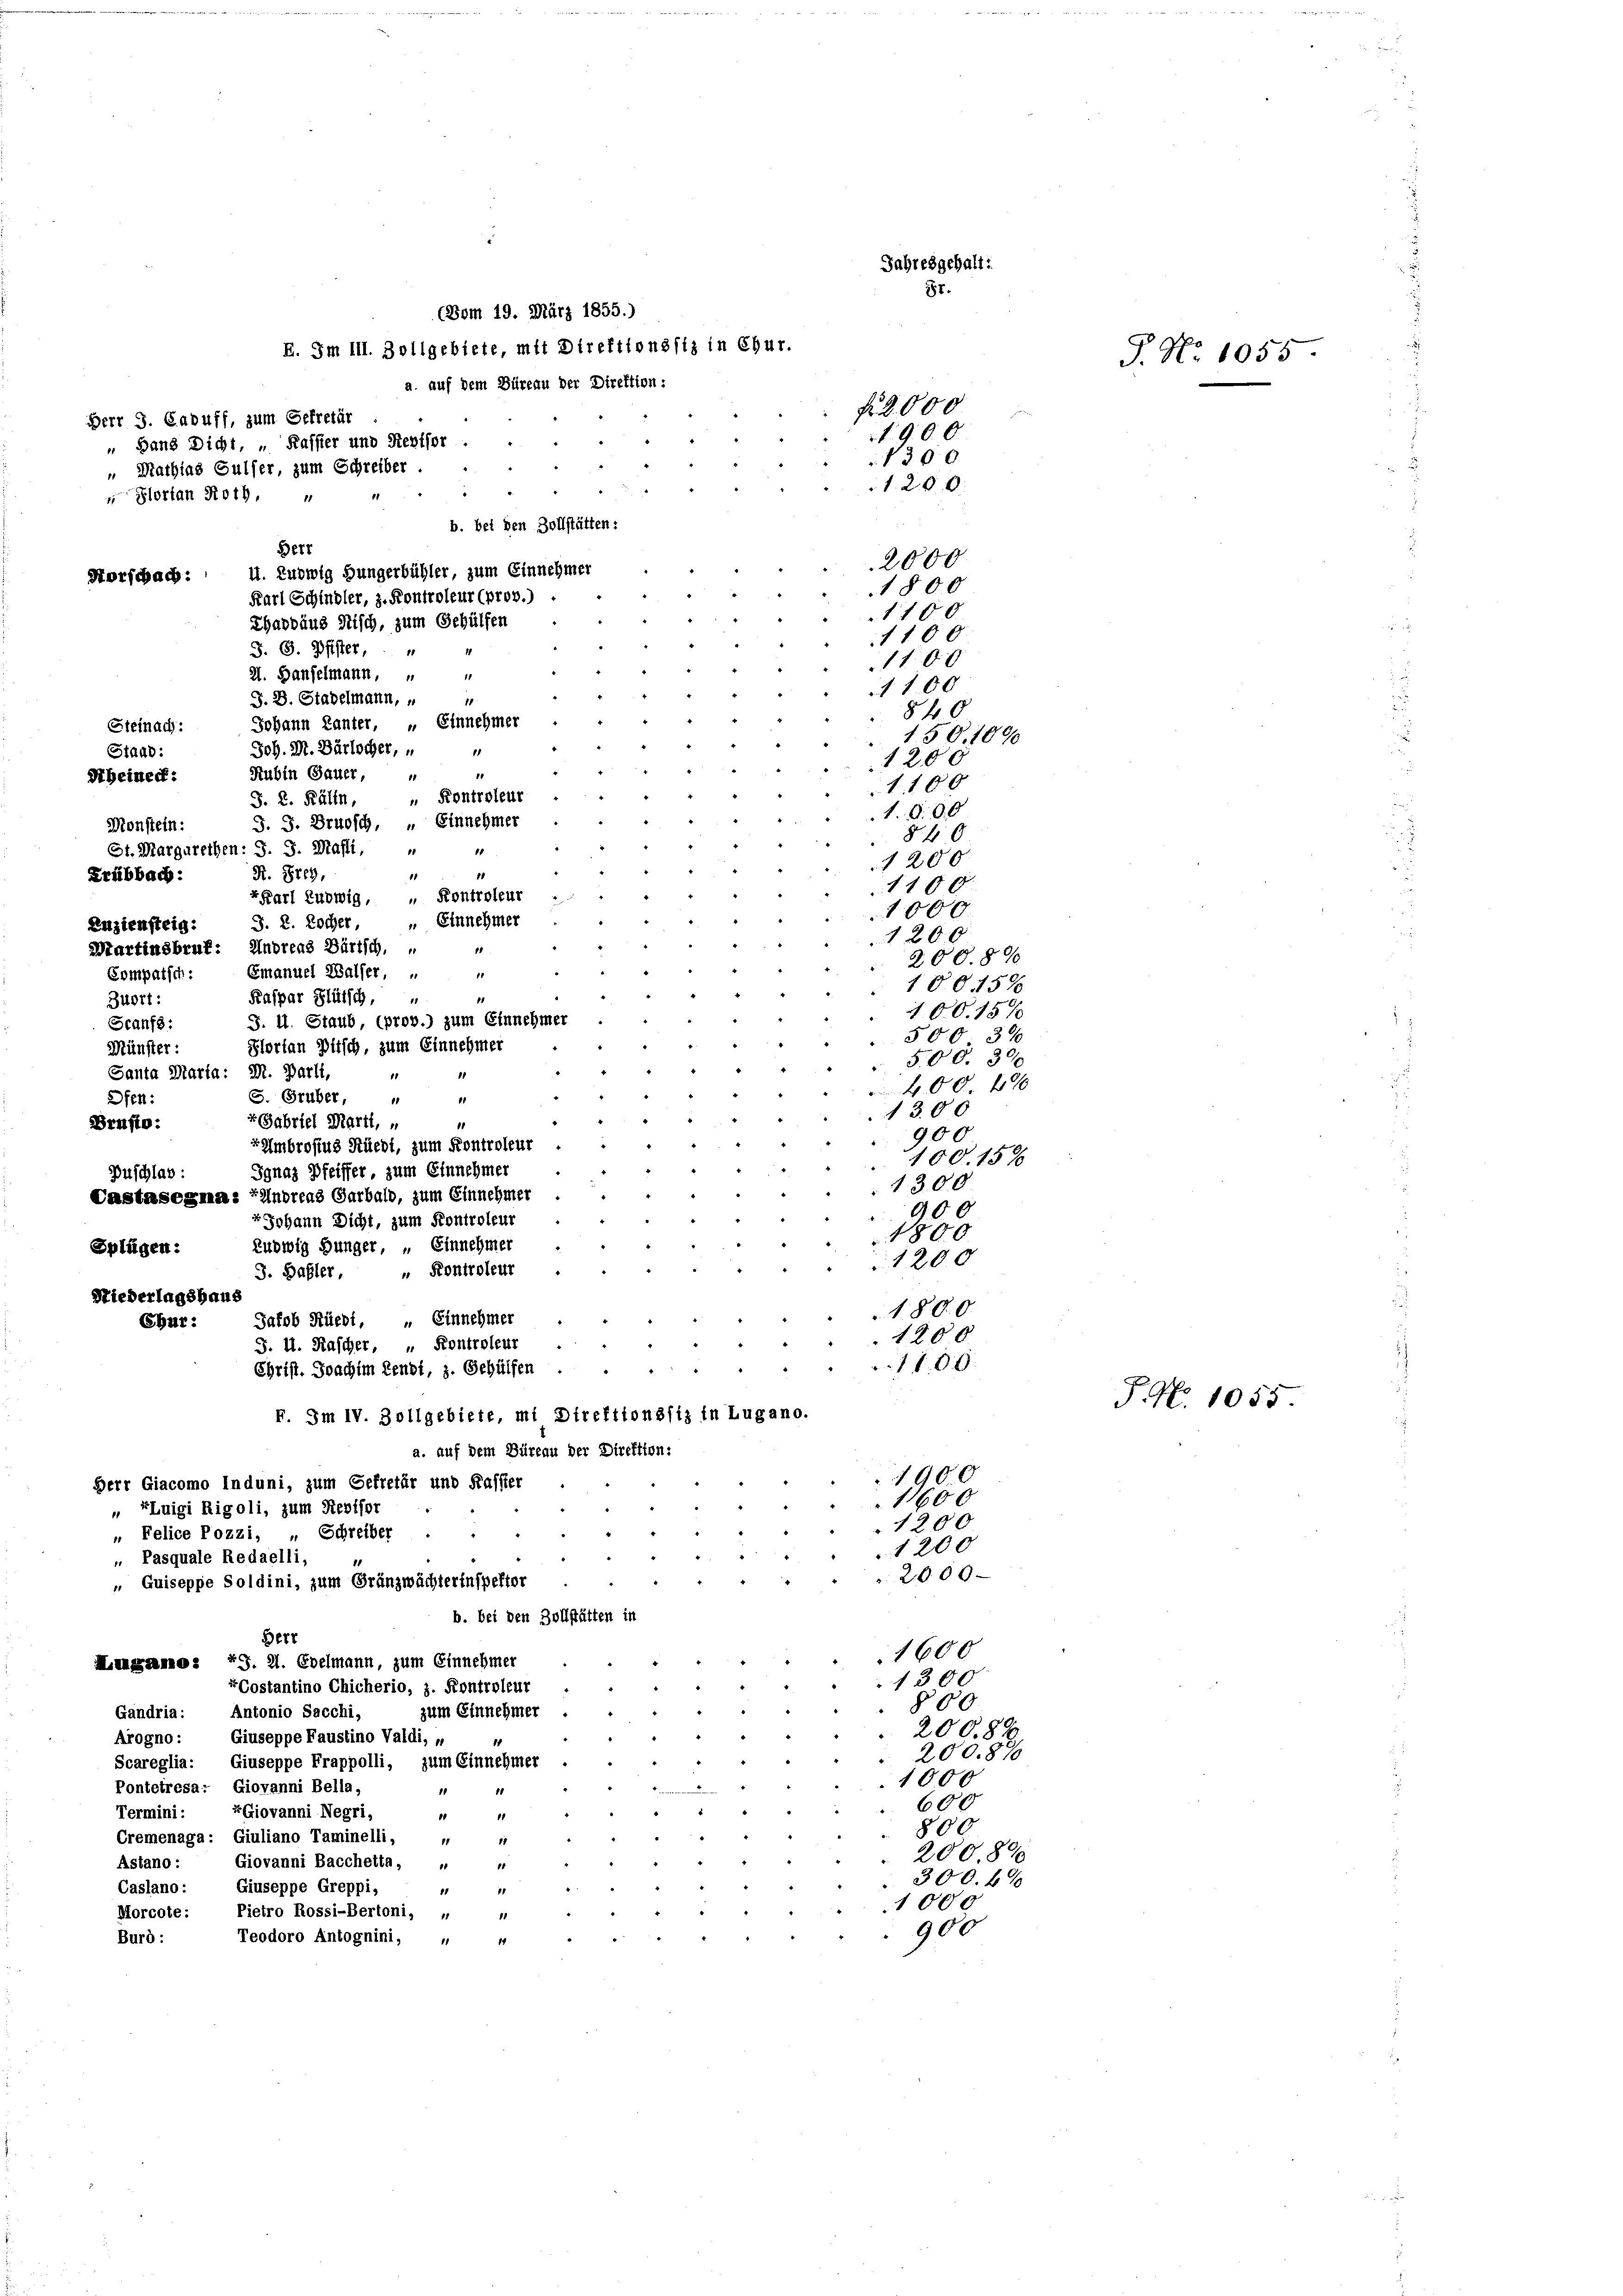
S. G. Pfister,
21. Hanselmann,
1
J. D. Stadelmann,
18
Johann Kanter, " Einnehmer
Steinach:
Joh. M. Bärlocher,
Staud:
1
1200
Rubin Gauer,
1
1100
 Kontroleur
J. 2. Källn,
1. d. 30
J. J. Brudsch, „ Einnehmer
Monstein:
840
St. Margarethen: J. J. Mafli,
1
1200
1
R. Prey,
.
1100
KKarl Ludwig, " Kontroleur
1000.
" Einnehmer
J. 2. Locher,
1200
Martinsbruk: Andreas Bürtsch.
11
200.890
Emanuel Walser,
1
Compatsch:
10015%
Kaspar Blütsch,
Buort:
10015%
J. II. Staub, (prov.) zum Einnehmer
Scanfs:
500 37
Hlorten Pitsch, zum Einnehmer
Münster:
500. 300
Santa Marta: M. Parli,
1
400 f
S. Gruber,
Ofen:
.
1300
+ Gabriel Marti, „
Brusto:
900
rAmbrosius Rüedi, zum Kontroleur
100. 158
Jgnaz Pfeiffer, zum Einnehmer
Buschlag:
1300
Castasegma: "Undreas Garbald, zum Einnehmer
900
Johann Dicht, zum Kontroleur
1800
zuowig Hunger, „ Einnehmer
Splügen:
1200
" Kontroleur
J. Basler,
Niederlagshaus
180.0
Jakob Rüedi, „ Einnehmer
Ebur:
1200
J. H. Rascher, " Kontroleur
1100.
Christ. Joachim Sendt, z. Gehülfen
F. Im IV. Zollgebiete, mi Direktionssiz in Lugano.
a. auf dem Büreau der Direktion:
1900
Herr Giacomo Induni, zum Gefretär und Kassier
11600
„ Luigi Rigoli, zum Revisor
1200
„ Felice Pozzi, „ Schreiber
1200
Pasquale Redaelli,
1
2000.
" Quiseppe Soldini, zum Gränzwächterinspektor
b. bei den Zollstätten in
Berr
1600
Langamo: 79. 21. Edelmann, zum Einnehmer
1300
Costantino Chicherio, z. Kontroleur
§00
Gändria: Antonio Sacchi,
zum Einnehmer
200.82
Giuseppe Faustino Valdi, „
Arogno:
200.89
Scareglia: Giuseppe Frappolli, zum Einnehmer
1000
Pontetresa: Giovanni Bella,
11 14
600
rGiovanni Negri,
Termini :
1
0
800
Cremenaga: Giuliano Taminelli, 4
200890
Giovanni Bacchetta,
Astano
1
300. 49
Giuseppe Greppi,
Caslano:
11
1000
Morcote: Pietro Rossi-Bertoni, „
900
Burd:
Teodoro Antognini,
14
1

(Bom 19. März 1855.)
E. Im III. Zollgebiete, mit Direktionssiz in Chur.
a. auf dem Büreau der Direktion:
Herr J. Caduff, zum Gefretär
 Ganz Dicht, „ Kassier und Revisor
„ Mathias Gulser, zum Schreiber
 Portan Roth,
b. bei den Zollstätten:

Norschach:

Seineck:

Frübbach:
Zuziensteig:

Berr

u. Ludwig Hungerbühler, zum Einnehmer
Karl Schindler, z. Kontroleur (pros.)
Chaobäus Stisch, zum Gehülfen

Jahresgehalt:
8r.

f 2000
1900
2000
1800
1100.
1100
1100
1100
840
150. 1000

1300
1200.

P. Nr. 1055

P. No. 1055